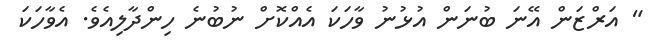
" އަރްޒަން އޭނަ ބުނަން އުޅުނު ވާހަކަ އެއްކޮށް ނުބުނެ ހިންދާލިއެވެ. އެވާހަކަ